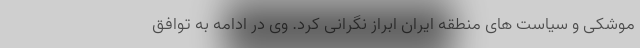
موشکی و سیاست های منطقه ایران ابراز نگرانی کرد. وی در ادامه به توافق